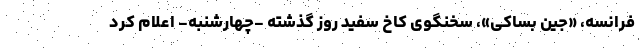
فرانسه، «جین بساکی»، سخنگوی کاخ سفید روز گذشته -چهارشنبه- اعلام کرد